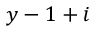
y - 1 + i